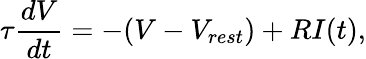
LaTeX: \tau\frac{dV}{dt}=-(V-V_{rest})+RI(t),